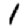
Digit: 1